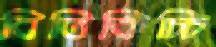
বিতিকিচ্চি